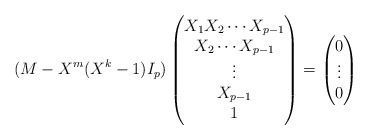
\begin{align*}(M-X^m(X^k-1)I_p) \begin{pmatrix}X_1X_2\cdots X_{p-1}\\ X_2\cdots X_{p-1}\\ \vdots\\X_{p-1}\\1\end{pmatrix}=\begin{pmatrix}0\\ \vdots\\0\end{pmatrix}\end{align*}